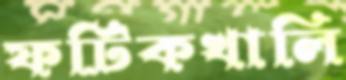
ফটিকখালি